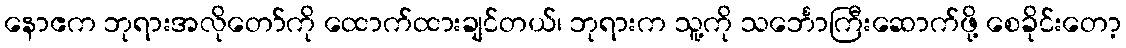
နောဧက ဘုရားအလိုတော်ကို ထောက်ထားချင်တယ်၊ ဘုရားက သူ့ကို သင်္ဘောကြီးဆောက်ဖို့ စေခိုင်းတော့